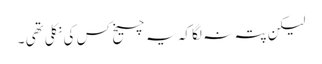
لیکن پتہ نہ لگا کہ یہ چیخ کس کی نکلی تھی ۔